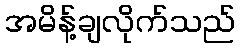
အမိန့်ချလိုက်သည်